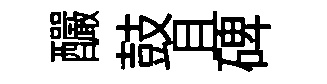
釅鼓且碑